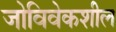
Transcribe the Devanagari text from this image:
जोविवेकशील